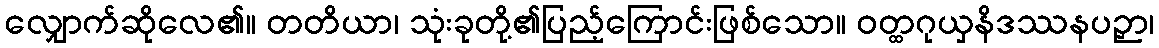
လျှောက်ဆိုလေ၏။ တတိယာ၊ သုံးခုတို့၏ပြည့်ကြောင်းဖြစ်သော။ ဝတ္ထဂုယှနိဒဿနပဉှာ၊